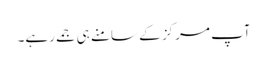
آپ مرکز کے سامنے ہی جمے رہے۔